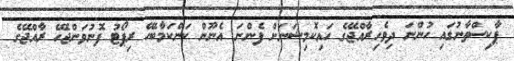
ޕާކިސްތާނުގައި ހުންނަ ދިވެހިރާއްޖޭގެ ހައިކޮމިޝަނަށް ފެންނަ އެނޫން ކަންކަމާބެހޭ ރިޕޯޓު ފޮނުވަންޖެހޭ ރާއްޖޭގެ